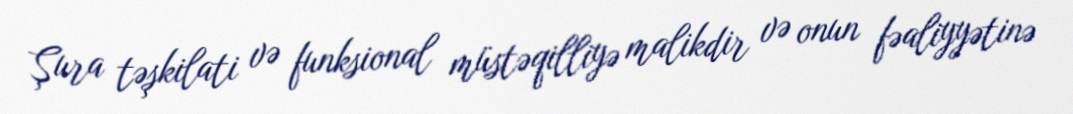
Şura təşkilati və funksional müstəqilliyə malikdir və onun fəaliyyətinə